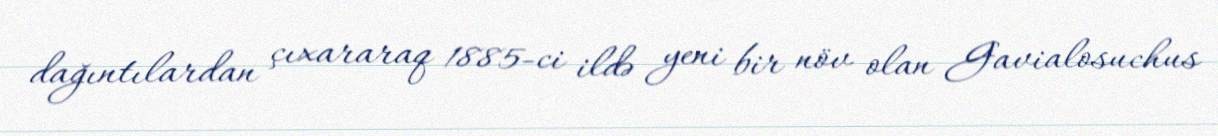
dağıntılardan çıxararaq 1885-ci ildə yeni bir növ olan Gavialosuchus